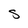
Character: S